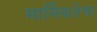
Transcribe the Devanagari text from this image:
मार्मिकतेचा